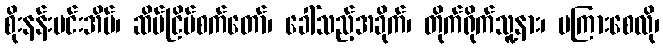
စိုးနန်းမင်းအိမ်၊ ဆိပ်ငြိမ်စက်တော်၊ ခေါ်သည့်အခိုက်၊ တိုက်ရိုက်သူ့နား၊ မကြားစေလို၊